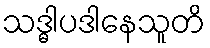
သဒ္ဓါပဒါနေသူတိ